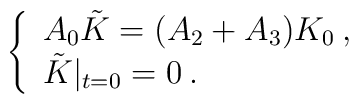
\left\{ \begin{array}{l}A_{0}\tilde{K}=(A_{2}+A_{3})K_{0}\: ,\\\tilde{K}|_{t=0}=0\: .\end{array}\right.